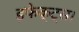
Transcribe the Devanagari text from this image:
इफेक्ट्स।